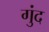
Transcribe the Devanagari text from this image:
गुंद